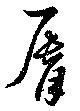
脣